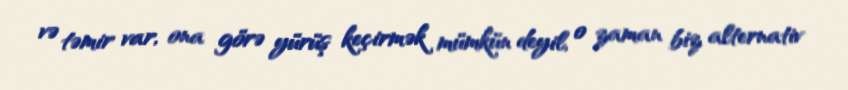
və təmir var, ona görə yürüş keçirmək mümkün deyil, o zaman biz alternativ